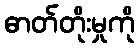
ဓာတ်တိုးမှုကို